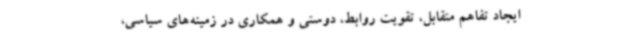
ایجاد تفاهم متقابل، تقویت روابط، دوستی و همکاری در زمینه‌های سیاسی،